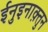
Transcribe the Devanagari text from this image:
ईनुइनाक़्तुन